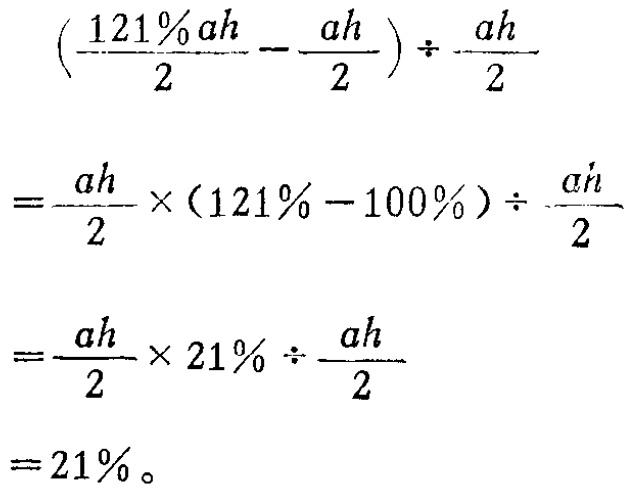
\[
\begin{align*}
&(\frac{121\%ah}{2}-\frac{ah}{2})\div\frac{ah}{2}\\
=&\frac{ah}{2}\times(121\% - 100\%)\div\frac{ah}{2}\\
=&\frac{ah}{2}\times21\%\div\frac{ah}{2}\\
=&21\%
\end{align*}
\]